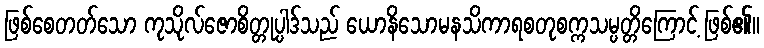
ဖြစ်စေတတ်သော ကုသိုလ်ဇောစိတ္တုပ္ပါဒ်သည် ယောနိသောမနသိကာရစတုစက္ကသမ္ပတ္တိကြောင့် ဖြစ်၏။